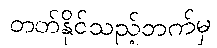
တတ်နိုင်သည့်ဘက်မှ